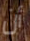
أن